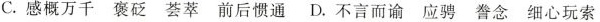
C. 感概万千 褒砭 荟萃 前后惯通 D. 不言而谕 应骋 誊念 细心玩索